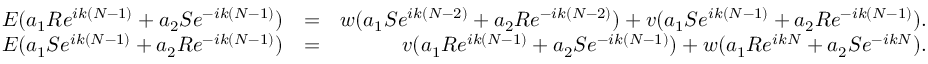
\begin{array} { r l r } { E ( a _ { 1 } R e ^ { i k ( N - 1 ) } + a _ { 2 } S e ^ { - i k ( N - 1 ) } ) } & { = } & { w ( a _ { 1 } S e ^ { i k ( N - 2 ) } + a _ { 2 } R e ^ { - i k ( N - 2 ) } ) + v ( a _ { 1 } S e ^ { i k ( N - 1 ) } + a _ { 2 } R e ^ { - i k ( N - 1 ) } ) . } \\ { E ( a _ { 1 } S e ^ { i k ( N - 1 ) } + a _ { 2 } R e ^ { - i k ( N - 1 ) } ) } & { = } & { v ( a _ { 1 } R e ^ { i k ( N - 1 ) } + a _ { 2 } S e ^ { - i k ( N - 1 ) } ) + w ( a _ { 1 } R e ^ { i k N } + a _ { 2 } S e ^ { - i k N } ) . } \end{array}